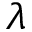
\lambda